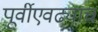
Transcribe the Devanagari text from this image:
पूर्वीएवढ्याच